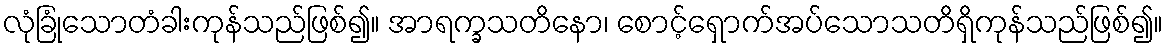
လုံခြုံသောတံခါးကုန်သည်ဖြစ်၍။ အာရက္ခသတိနော၊ စောင့်ရှောက်အပ်သောသတိရှိကုန်သည်ဖြစ်၍။